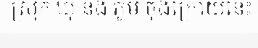
ស្រុក ឃុំ និង ភូមិ ចុងក្រោយនេះ